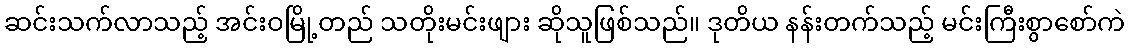
ဆင်းသက်လာသည့် အင်းဝမြို့တည် သတိုးမင်းဖျား ဆိုသူဖြစ်သည်။ ဒုတိယ နန်းတက်သည့် မင်းကြီးစွာစော်ကဲ